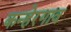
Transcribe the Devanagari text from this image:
कन्हेरगाव